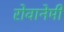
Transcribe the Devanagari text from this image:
रोवानेमी